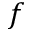
f